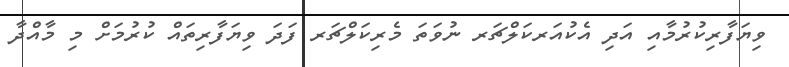
ވިޔަފާރިކުރުމާއި އަދި އެކުއަރކަލްޗަރ ނުވަތަ މެރިކަލްޗަރ ފަދަ ވިޔަފާރިތައް ކުރުމަށް މި މާއްދާ